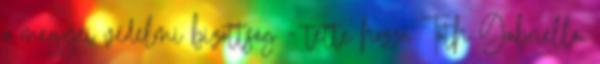
a megyei védelmi bizottság - tette hozzá Tóth Gabriella.